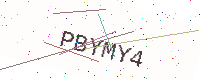
Text: PBYMY4